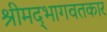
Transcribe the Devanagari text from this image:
श्रीमद्‌भागवतकार